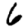
Digit: 6